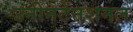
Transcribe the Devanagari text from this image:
उनीनटेंनशनल